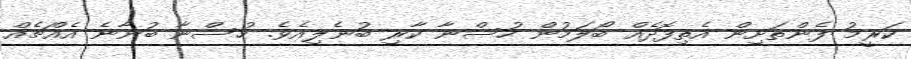
ކަރީމު ފެންތަށިން އެތިފޮދެއް ބޯލަމުން ހުސްނާ ކާރި ބުނެލިއެވެ. ހުސްނާ ބުނާނެ އެއްޗެއް